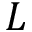
L